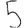
Digit: 5